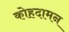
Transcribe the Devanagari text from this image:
कोहदामन